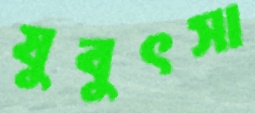
যুবুৎসা